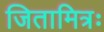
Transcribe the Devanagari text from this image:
जितामित्रः